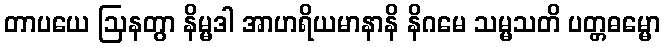
တာပယေ ဩနတွာ နိမ္မဒါ အာဟရိယမာနာနိ နိဂမေ သမ္မသတိ ပတ္တဓမ္မော